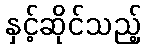
နှင့်ဆိုင်သည့်